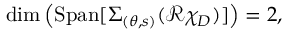
\begin{array} { r } { \mathrm { d i m } \left( \mathrm { S p a n } [ \Sigma _ { ( \theta , s ) } ( { \mathcal R } \chi _ { D } ) ] \right) = 2 , } \end{array}